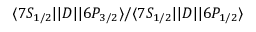
\ensuremath { \langle 7 S _ { 1 / 2 } | | } D \ensuremath { | | 6 P _ { 3 / 2 } \rangle } / \ensuremath { \langle 7 S _ { 1 / 2 } | | } D \ensuremath { | | 6 P _ { 1 / 2 } \rangle }